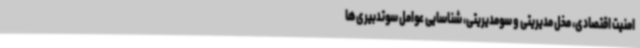
امنیت اقتصادی، مخل مدیریتی و سومدیریتی، شناسایی عوامل سوتدبیری‌ها